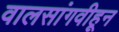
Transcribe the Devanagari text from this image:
वालसांगवीहून